Civil Veterinary Dept. Bombay admin report 1900-1906 - 1900-1906
Year: 1900
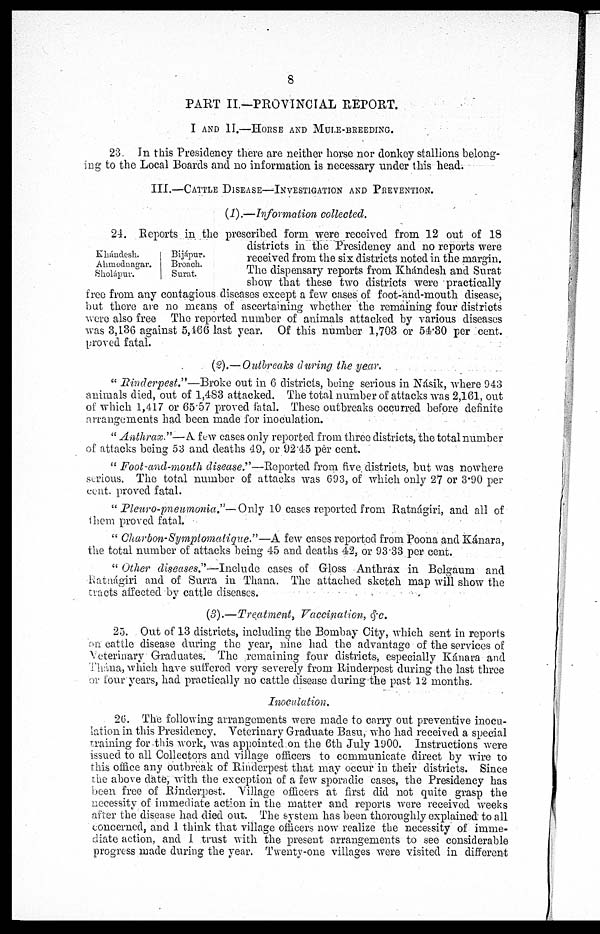
8
PART II.—PROVINCIAL REPORT.
I AND II.—HORSE AND MULE-BREEDING.
23. In this Presidency there are neither horse nor donkey stallions belong-
ing to the Local Boards and no information is necessary under this head.
III.—CATTLE DISEASE—INVESTIGATION AND PREVENTION.
(1).—Information collected.
Khándesh.
Ahmednagar.
Sholápur.
Bijápur.
Broach.
Surat.
24. Reports in the prescribed form were received from 12 out of 18
districts in the Presidency and no reports were
received from the six districts noted in the margin.
The dispensary reports from Khándesh and Surat
show that these two districts were practically
free from any contagious diseases except a few cases of foot-and-mouth disease,
but there are no means of ascertaining whether the remaining four districts
were also free The reported number of animals attacked by various diseases
was 3,136 against 5,466 last year. Of this number 1,703 or 54.30 per cent.
proved fatal.
(2).—Outbreaks during the year.
" Rinderpest."—Broke
out in 6 districts, being serious in Násik, where 943
animals died, out of 1,483 attacked. The total number of attacks was 2,161, out
of which 1,417 or 65.57 proved fatal. These outbreaks occurred before definite
arrangements had been made for inoculation.
" Anthrax."—A few cases only reported from three districts, the total number
of attacks being 53 and deaths 49, or 92.45 per cent.
" Foot-and-mouth disease."—Reported from five districts, but was nowhere
serious. The total number of attacks was 693, of which only 27 or 3.90 per-
cent. proved fatal.
" Pleuro-pneumonia."—Only 10 cases reported from Ratnágiri, and all of
them proved fatal.
" Charbon-Symptomatique."—A few cases reported from Poona and Kánara,
the total number of attacks being 45 and deaths 42, or 93.33 per cent.
" Other diseases."—Include
cases of Gloss Anthrax in Belgaum and
Ratnágiri and of Surra in Thana. The attached sketch map will show the
tracts affected by cattle diseases.
(3).—Treatment,
Vaccination, &c.
25. Out of 13 districts, including the Bombay City, which sent in reports
on cattle disease during the year, nine had the advantage of the services of
Veterinary Graduates. The remaining four districts, especially Kánara and
Thána, which have suffered very severely from Rinderpest during the last three
or four years, had practically no cattle disease during the past 12 months.
Inoculation.
26. The following arrangements were made to carry out preventive inocu-
lation in this Presidency. Veterinary Graduate Basu, who had received a special
training for this work, was appointed on the 6th July 1900. Instructions were
issued to all Collectors and village officers to communicate direct by wire to
this office any outbreak of Rinderpest that may occur in their districts. Since
the above date, with the exception of a few sporadic cases, the Presidency has
been free of Rinderpest. Village officers at first did not quite grasp the
necessity of immediate action in the matter and reports were received weeks
after the disease had died out. The system has been thoroughly explained to all
concerned, and I think that village officers now realize the necessity of imme-
diate action, and I trust with the present arrangements to see considerable
progress made during the year. Twenty-one villages were visited in different